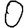
Digit: 0